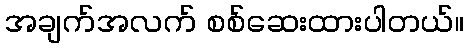
အချက်အလက် စစ်ဆေးထားပါတယ်။